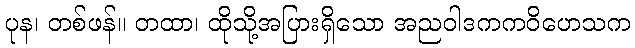
ပုန၊ တစ်ဖန်။ တထာ၊ ထိုသို့အပြားရှိသော အညဝါဒကကဝိဟေသက